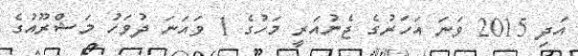
އަދި 2015 ވަނަ އަހަރުގެ ޖެނުއަރީ މަހުގެ 1 ވައަނަ ދުވަހު މަޝްރޫއުގެ